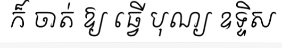
ក៏ ចាត់ ឱ្យ ធ្វើ បុណ្យ ឧទ្ទិស